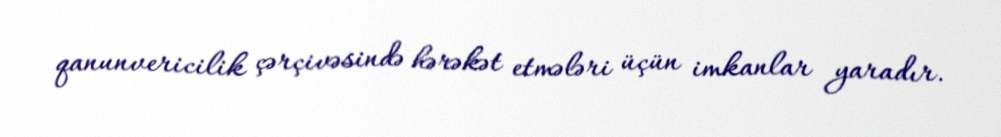
qanunvericilik çərçivəsində hərəkət etmələri üçün imkanlar yaradır.